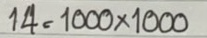
14 = 1000 x 1000